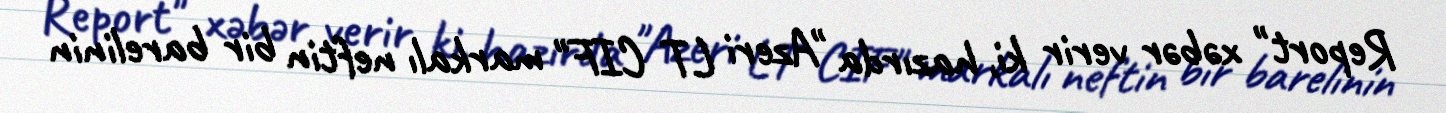
Report" xəbər verir ki, hazırda "Azeri LT CIF" markalı neftin bir barelinin